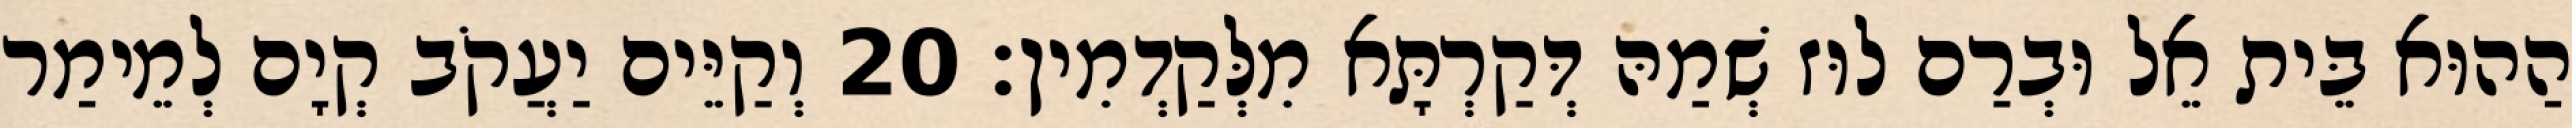
הַהוּא בֵּית אֵל וּבְרַם לוּז שְׁמַהּ דְּקַרְתָּא מִלְּקַדְמִין׃ 20 וְקַיֵּים יַעֲקֹב קְיָם לְמֵימַר